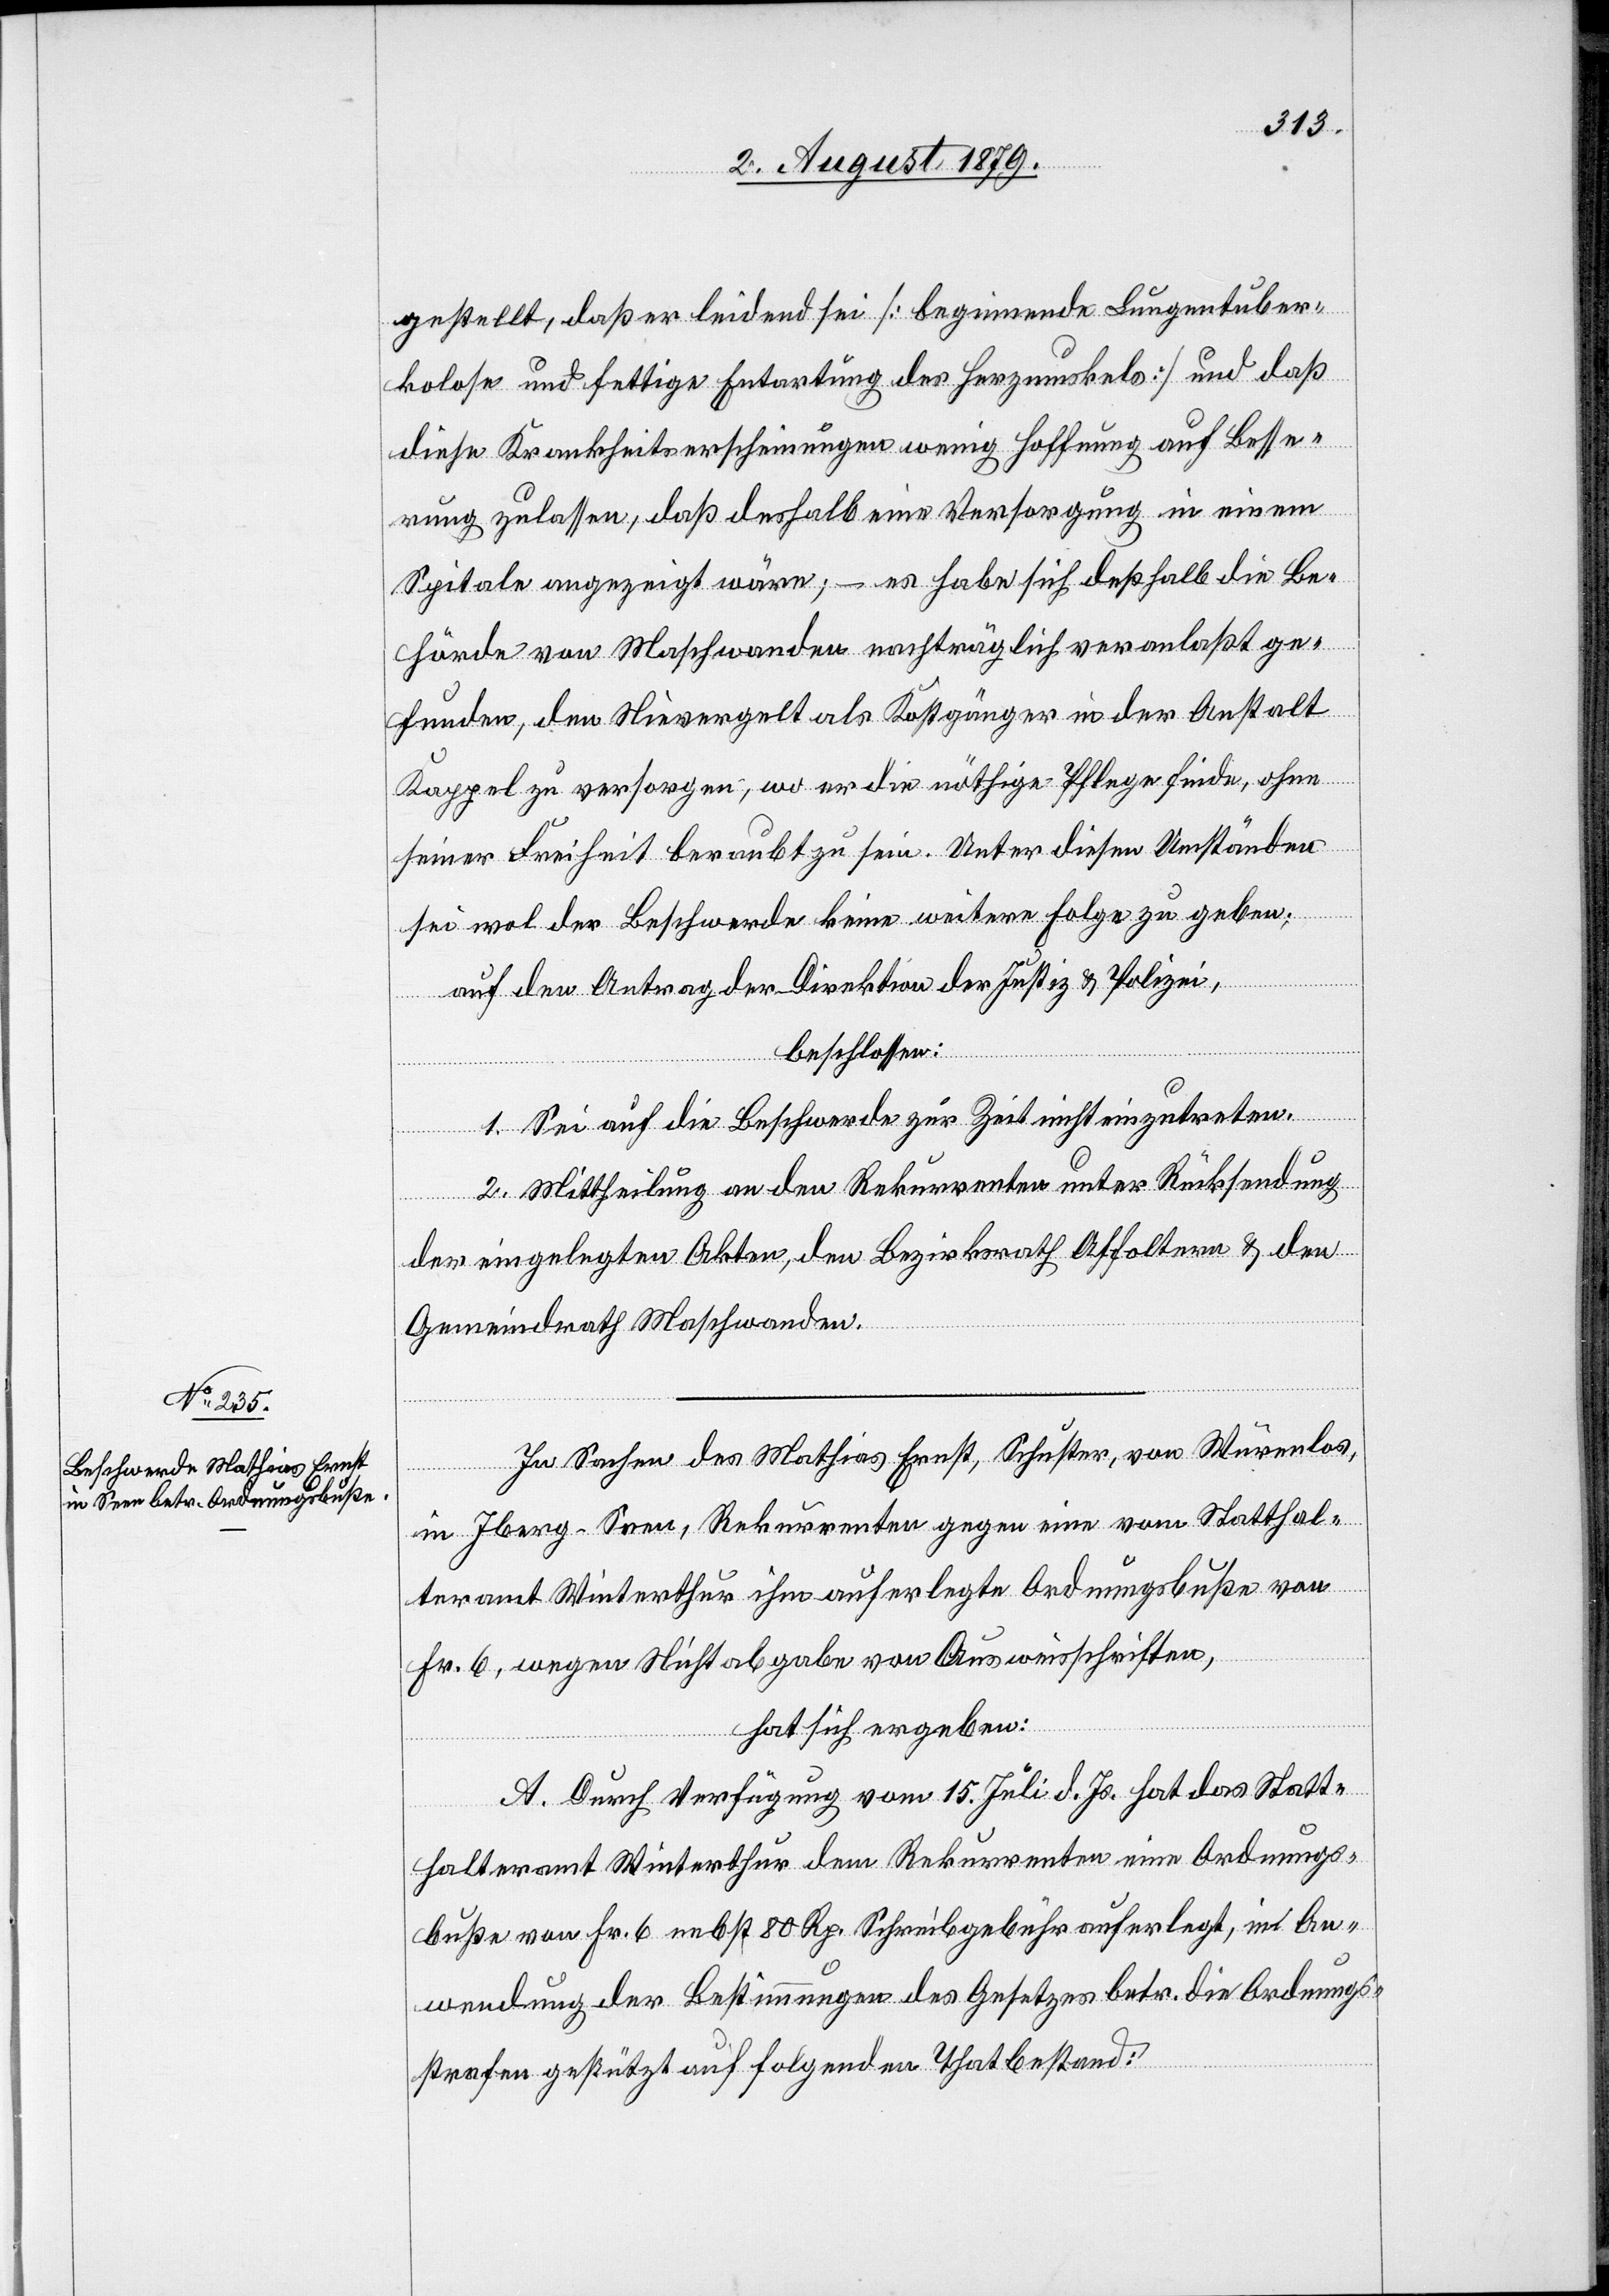
gestellt, daß er leidend sei [beginnende Lungentuber¬
kulose und fettige Entartung des Herzmuskels] und daß
diese Krankheitserscheinungen wenig Hoffnung auf Besse¬
rung zulassen, daß deshalb eine Versorgung in einem
Spitale angezeigt wäre, – es habe sich deßhalb die Be¬
hörde von Maschwanden nachträglich veranlaßt ge¬
funden, den Nievergelt als Kostgänger in der Anstalt
Kappel zu versorgen, wo er die nöthige Pflege finde, ohne
seiner Freiheit beraubt zu sein. Unter diesen Umständen
sei wol der Beschwerde keine weitere Folge zu geben;
auf den Antrag der Direktion der Justiz & Polizei,
beschlossen:
1. Sei auf die Beschwerde zur Zeit nicht einzutreten.
2. Mittheilung an den Rekurrenten unter Rücksendung
der eingelegten Akten, den Bezirksrath Affoltern & den
Gemeindrath Maschwanden.
In Sachen des Mathias Ernst, Schuster, von Würenlos,
in Iberg - Seen, Rekurrenten gegen eine vom Statthal¬
teramt Winterthur ihm auferlegte Ordnungsbuße von
Fr. 6, wegen Nichtabgabe von Ausweisschriften,
hat sich ergeben:
A. Durch Verfügung vom 15. Juli d. Js. hat das Statt¬
halteramt Winterthur dem Rekurrenten eine Ordnungs¬
buße von Fr. 6 nebst 80 Rp. Schreibgebühr auferlegt, in An¬
wendung der Bestimmungen des Gesetzes betr. die Ordnungs¬
strafen gestützt auf folgenden Thatbestand: